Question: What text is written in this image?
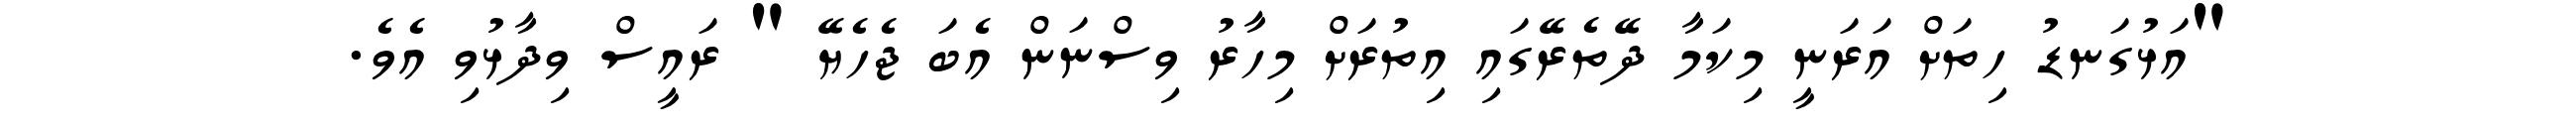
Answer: "އަޅުގަނޑު ހިތަށް އަރަނީ މިކަމާ ދޭތެރޭގައި އިތުރަށް މިހާރު ވިސްނަން އެބަ ޖެހެޔޭ " ރައީސް ވިދާޅުވި އެވެ.